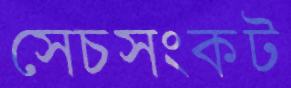
সেচসংকট